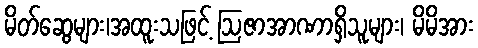
မိတ်ဆွေများ၊အထူးသဖြင့် ဩဇာအာဏာရှိသူများ၊ မိမိအား